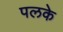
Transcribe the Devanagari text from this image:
पलके